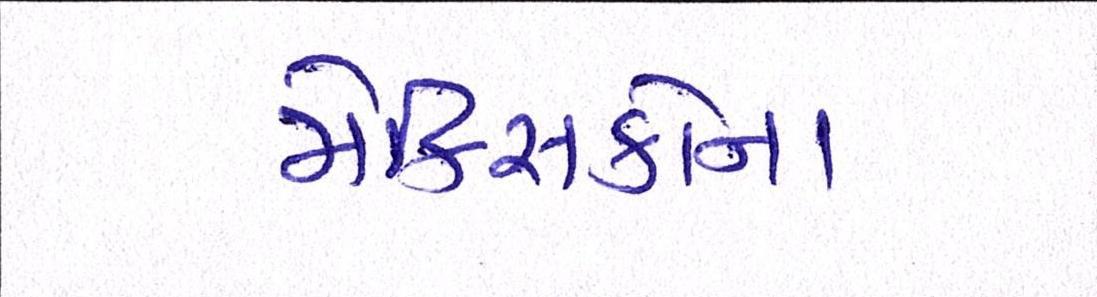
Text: મેક્સિકોના